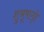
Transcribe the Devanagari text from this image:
शुश्रूषागृहे